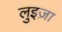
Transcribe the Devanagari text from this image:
लुइज़ा